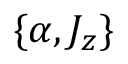
\{ \alpha , J _ { z } \}